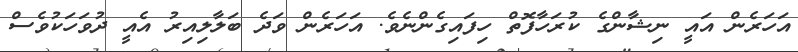
އަހަރެން އައީ ނިޝާންގެ ކުރަހާފޮތް ހިފައިގެންނެވެ. އަހަރެން ވަދެ ބަލާލިއިރު އެއީ ދުވަހަކުވެސް